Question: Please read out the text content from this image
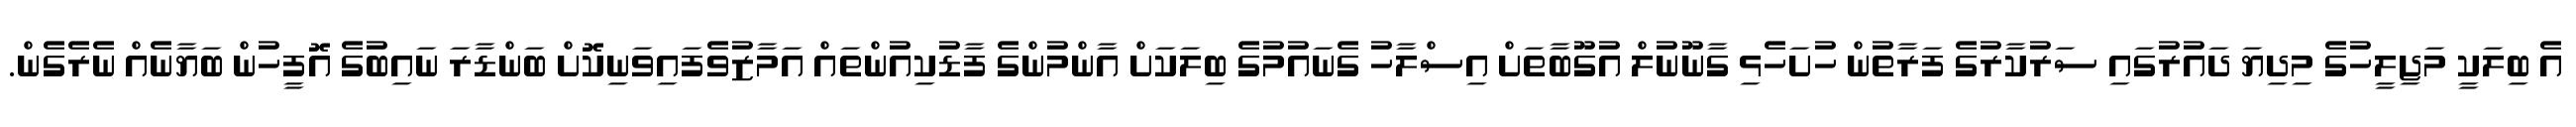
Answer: އެ ބިލަކީ މަޖިލީހުގެ މިދިޔަ ދައުރުގައި ސަރުކާރުގެ ފަރާތުން ހުށަހެޅި ގާނޫނުލް އުގޫބާތަށް އިސްލާހު ގެނައުމުގެ ބިލަކަށް އާންމުންގެ ފާޑުކިއުންތައް އަމާޒުވެފައިވަނިކޮށް ބަންޑާރަ ނައިބުގެ އޮފީހުން ބަޔާނެއް ނެރެގެން.